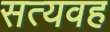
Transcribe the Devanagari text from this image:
सत्यवह